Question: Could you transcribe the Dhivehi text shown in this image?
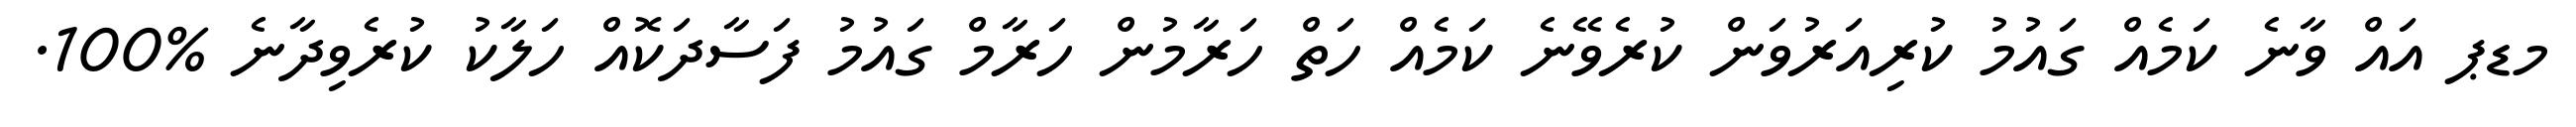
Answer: މޑޕ އައް ވާނެ ކަމެއް ގައުމު ކުރިއަރުވަން ކުރެވޭނެ ކަމެއް ހަތް ހަރާމުން ހަރާމް ގައުމު ފަސާދަކޮއް ހަލާކު ކުރެވިދާނެ %100.